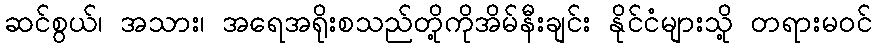
ဆင်စွယ်၊ အသား၊ အရေအရိုးစသည်တို့ကိုအိမ်နီးချင်း နိုင်ငံများသို့ တရားမဝင်